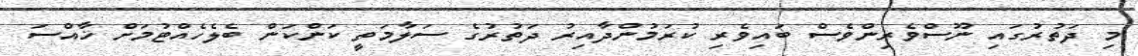
މި ދަތުރުގައި ނޫސްވެރިންވެސް ބައިވެރި ކުރަމުންދާއިރު ދަތުރުގެ ސަލާމަތީ ކަންކަން ބެލެހެއްޓުމަށް ޚާއްސަ